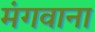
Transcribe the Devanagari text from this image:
मंगवाना